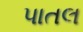
પાતલ